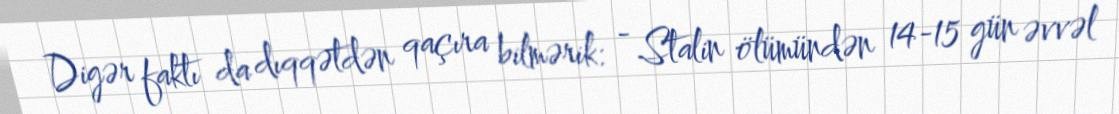
Digər faktı da dıqqətdən qaçıra bilmərik: - Stalin ölümündən 14-15 gün əvvəl